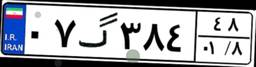
۵۷گ۶۰۷۲۱